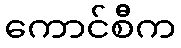
ကောင်စီက